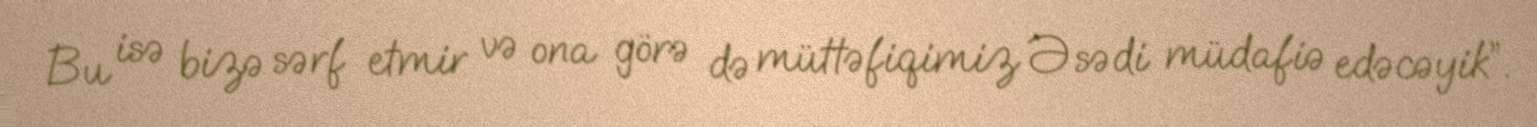
Bu isə bizə sərf etmir və ona görə də müttəfiqimiz Əsədi müdafiə edəcəyik”.